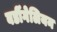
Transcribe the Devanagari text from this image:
बर्डीगेलियन